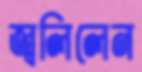
জ্বলিলেন